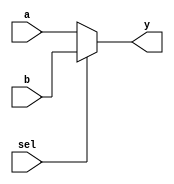
module Mux2to1(a,b,sel,y);
parameter n=16;
input [n-1:0] a,b;
input sel;
output reg [n-1:0] y;
always @(sel or a or b)
begin 
if(sel==0)
begin 
y<=a;
end 
else 
begin 
y<=b;
end
end 
endmodule